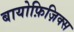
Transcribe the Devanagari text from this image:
बायोफ़िज़िक्स